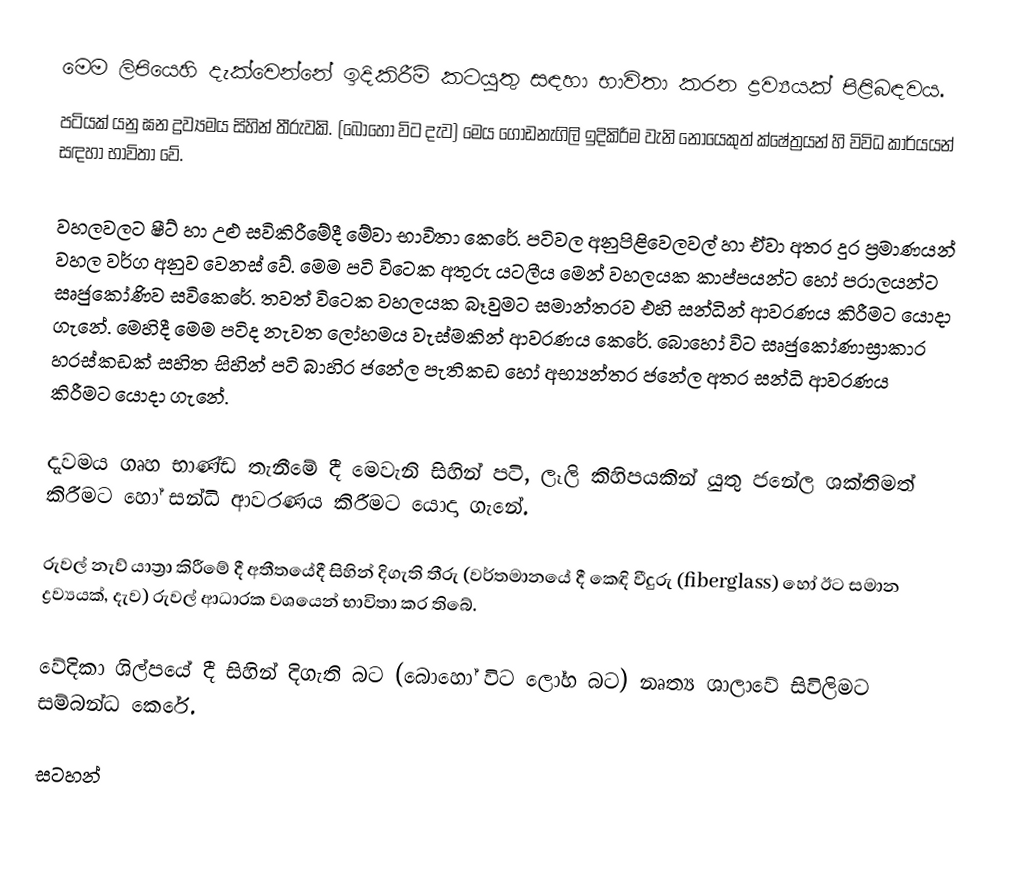
මෙම ලිපියෙහි දැක්වෙන්නේ ඉදිකිරීම් කටයුතු සඳහා භාවිතා කරන ද්‍රව්‍යයක් පිළිබඳවය.
පටියක් යනු ඝන ද්‍රව්‍යමය සිහින් තීරුවකි. (බොහෝ විට දැව) මෙය ගොඩනැගිලි ඉදිකිරීම වැනි නොයෙකුත් ක්ෂේත්‍රයන් හි විවිධ කාර්යයන් සඳහා භාවිතා වේ.

වහලවලට ෂීට් හා උළු සවිකිරීමේදී මේවා භාවිතා කෙරේ. පටිවල අනුපිළිවෙලවල් හා ඒවා අතර දුර ප්‍රමාණයන් වහල වර්ග අනුව වෙනස් වේ. මෙම පටි විටෙක අතුරු යටලීය මෙන් වහලයක කාප්පයන්ට හෝ පරාලයන්ට සෘජුකෝණිව සවිකෙරේ. තවත් විටෙක වහලයක බෑවුමට සමාන්තරව එහි සන්ධින් ආවරණය කිරීමට යොදා ගැනේ. මෙහිදී මෙම පටිද නැවත ලෝහමය වැස්මකින් ආවරණය කෙරේ. බොහෝ විට සෘජුකෝණාස්‍රාකාර හරස්කඩක් සහිත සිහින් පටි බාහිර ජනේල පැතිකඩ හෝ අභ්‍යන්තර ජනේල අතර සන්ධි ආවරණය කිරීමට යොදා ගැනේ.

දැවමය ගෘහ භාණ්ඩ තැනීමේ දී මෙවැනි සිහින් පටි, ලෑලි කිහිපයකින් යුතු ජනේල ශක්තිමත් කිරීමට හෝ සන්ධි ආවරණය කිරීමට යොදා ගැනේ.

රුවල් නැව් යාත්‍රා කිරීමේ දී අතීතයේදී සිහින් දිගැති තීරු (වර්තමානයේ දී කෙඳි වීදුරු (fiberglass) හෝ ඊට සමාන  ද්‍රව්‍යයක්, දැව) රුවල් ආධාරක වශයෙන් භාවිතා කර තිබේ.

වේදිකා ශිල්පයේ දී සිහින් දිගැති බට (බොහෝ විට ලෝහ බට) නෘත්‍ය ශාලාවේ සිවිලිමට සම්බන්ධ කෙරේ.

සටහන්